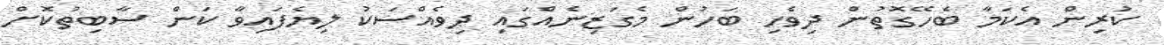
ކުރިން އެކަމާ ބެހޭގޮތުން ދިވެހި ބަހުން މެގަޒިނެއްގައި ދިވެއްސަކު ލިޔެފައިވާ ކަން ސާބިތުކޮށް